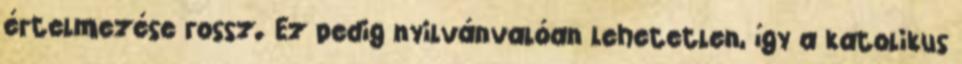
értelmezése rossz. Ez pedig nyilvánvalóan lehetetlen, így a katolikus